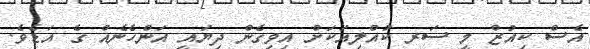
އެސް ކިއުޒް މީ ސަރ ކުއްލިއަކަށް އިވިގެން ދިޔައީ އަންހެނެއް ގެ އަޑެވެ.